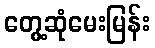
တွေ့ဆုံမေးမြန်း